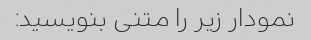
نمودار زیر را متنی بنویسید: